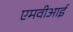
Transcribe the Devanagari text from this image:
एमवीआई